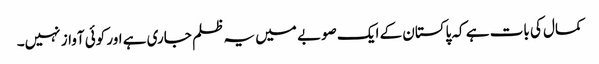
کمال کی بات ہے کہ پاکستان کے ایک صوبے میں یہ ظلم جاری ہے اور کوئی آواز نہیں۔